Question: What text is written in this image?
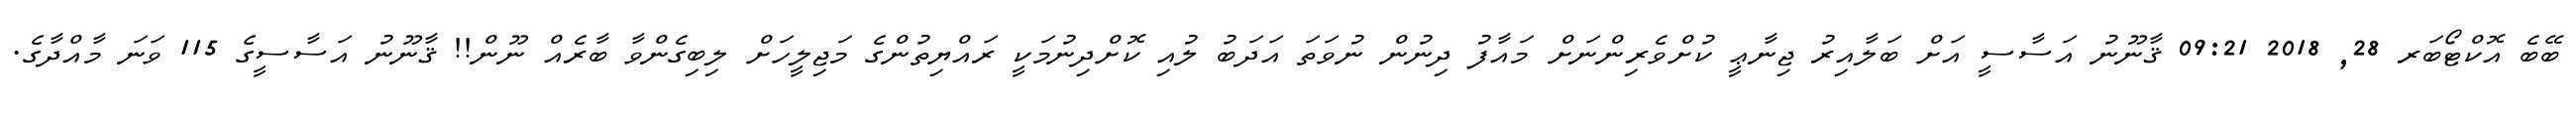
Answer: ބޭބެ އޮކްޓޯބަރ 28, 2018 09:21 ޤާނޫނު އަސާސީ އަށް ބަލާއިރު ޖިނާޢީ ކުށްވެރިންނަށް މައާފު ދިނުން ނުވަތަ އަދަބު ލުއި ކޮށްދިނުމަކީ ރައްޔިތުންގެ މަޖިލީހަށް ލިބިގެންވާ ބާރެއް ނޫން!! ޤާނޫނު އަސާސީގެ 115 ވަނަ މާއްދާގެ.